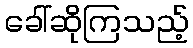
ခေါ်ဆိုကြသည့်